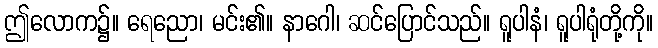
ဤလောက၌။ ရေညော၊ မင်း၏။ နာဂေါ၊ ဆင်ပြောင်သည်။ ရူပါနံ၊ ရူပါရုံတို့ကို။